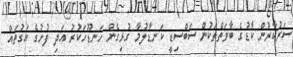
ސަރުކާރުން ކާޑުގެ ބާވަތްތަކުން ސަބްސިޑީ ކަނޑާލުމާ ގުޅިގެން ހަނޑޫހަކުރު އަދި ފުށުގެ އަގުތައް